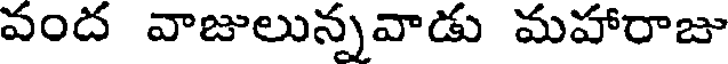
వంద వాజులున్నవాడు మహారాజు